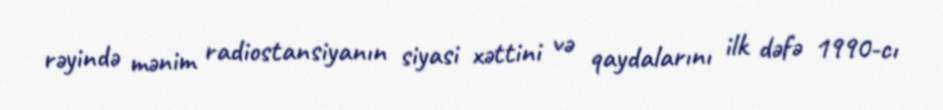
rəyində mənim radiostansiyanın siyasi xəttini və qaydalarını ilk dəfə 1990-cı